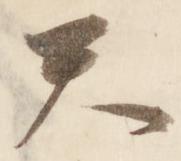
天